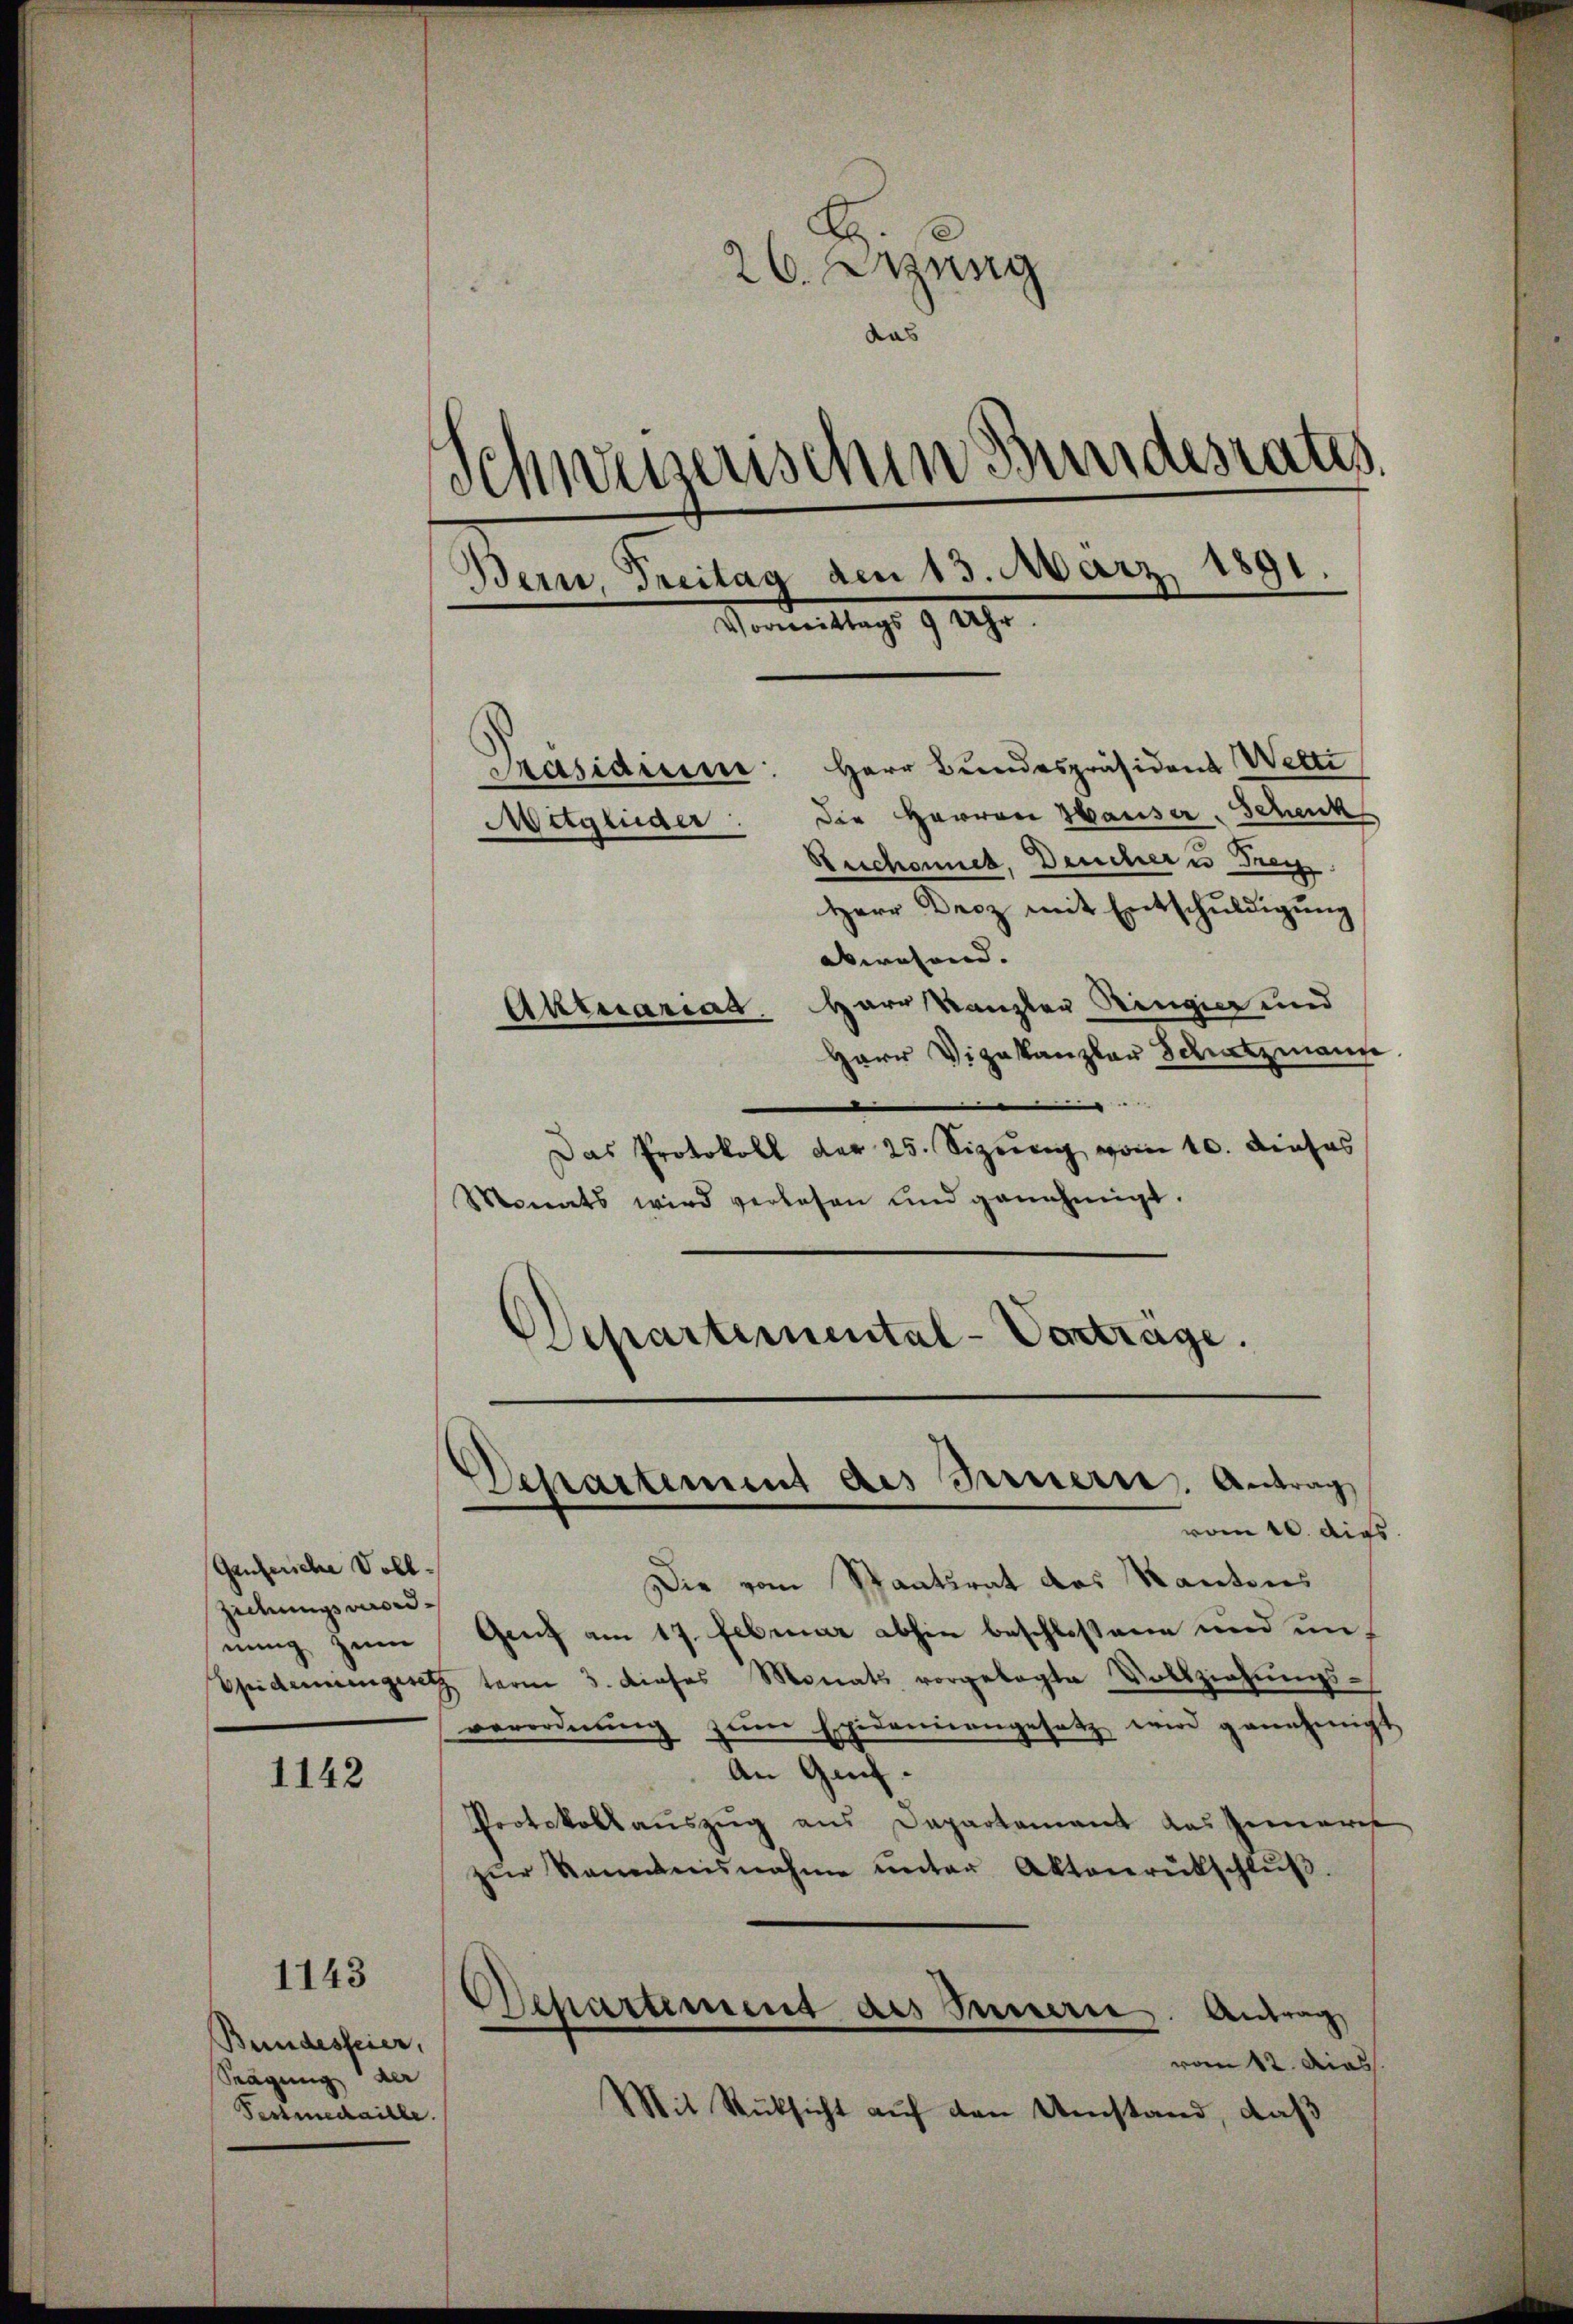
Genferische Voll¬
Ziehungsmordnung zum

1142

Bundesfeier,
Srägung der
Pessmedaille.

1143

26. Erzung
das
Schweizerischen Bundesrates.
Bern, Freitag den 13. März 1891.
Vormittags 9 Uhr.
Herr Bundespräsident Welti
Pasiarum
Mitglieder: Die Herren Hauser-Schenk
Suchannes, Deucher u. Frey
Herr Droz mit Entschŭldigŭng
abwesend.
Aktuariat. Harr Kanzler Ringier und
Herr Vizekanzlar Schatzmann

.
Das Protokoll der 25. Sizung vom 10. dieses
Monats wird verlesen und genehmigt.
¬
Departemental-Verträge.

Die vom Staatsrat des Kantons
Genf am 17. Februar abhin beschloßene und un
Epidemiengesetz term 3. dieses Monats vorgelegte Vollziehŭngs-
verordnŭng zŭm Epidemiengesetz wird genehmigt
An Genf.
Protokollauszug aus Departement das Genere
zŭr Kenntnisnahme ŭnter Aktenrütschlŭβ.
Separtement als Innern. Antrag
vom 12. das
Mit Rücksicht auf den Umstand, daß

Departement des Innern. Antrag
vom 20. dies